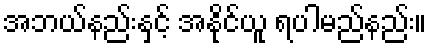
အဘယ်နည်းနှင့် အနိုင်ယူ ရပါမည်နည်း။